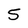
Character: 5